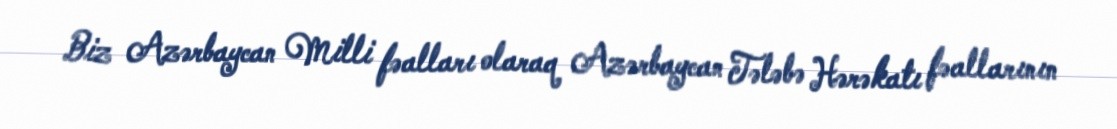
Biz Azərbaycan Milli fəalları olaraq Azərbaycan Tələbə Hərəkatı fəallarının